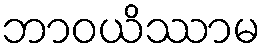
ဘာဝယိဿာမ